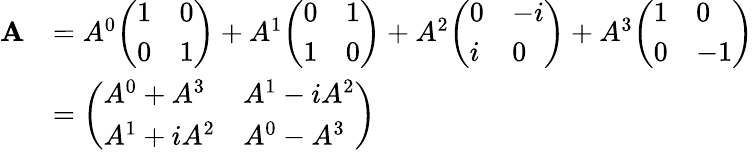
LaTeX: {\begin{array}{rl}{\mathbf{A}}&{=A^{0}{\left(\begin{array}{ll}{1}&{0}\\ {0}&{1}\end{array}\right)}+A^{1}{\left(\begin{array}{ll}{0}&{1}\\ {1}&{0}\end{array}\right)}+A^{2}{\left(\begin{array}{ll}{0}&{-i}\\ {i}&{0}\end{array}\right)}+A^{3}{\left(\begin{array}{ll}{1}&{0}\\ {0}&{-1}\end{array}\right)}}\\ &{={\left(\begin{array}{ll}{A^{0}+A^{3}}&{A^{1}-iA^{2}}\\ {A^{1}+iA^{2}}&{A^{0}-A^{3}}\end{array}\right)}}\end{array}}